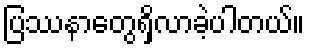
ပြဿနာတွေရှိလာခဲ့ပါတယ်။